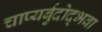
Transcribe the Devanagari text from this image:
चाप्यर्बुदोद्भवा